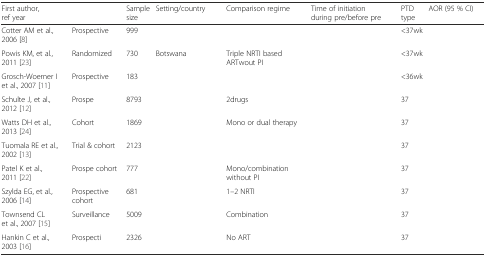
<table><thead><tr><td><b>First author, ref year</b></td><td>[EMPTY_CELL]</td><td><b>Sample size</b></td><td><b>Setting/country</b></td><td><b>Comparison regime</b></td><td><b>Time of initiation during pre/before pre</b></td><td><b>PTD type</b></td><td><b>AOR (95 % CI)</b></td></tr></thead><tbody><tr><td>Cotter AM et al., 2006 [8]</td><td>Prospective</td><td>999</td><td>[EMPTY_CELL]</td><td>[EMPTY_CELL]</td><td>[EMPTY_CELL]</td><td>&lt;37wk</td><td>[EMPTY_CELL]</td></tr><tr><td>Powis KM, et al., 2011 [23]</td><td>Randomized</td><td>730</td><td>Botswana</td><td>Triple NRTI based ARTwout PI</td><td>[EMPTY_CELL]</td><td>&lt;37wk</td><td>[EMPTY_CELL]</td></tr><tr><td>Grosch-Woerner I et al., 2007 [11]</td><td>Prospective</td><td>183</td><td>[EMPTY_CELL]</td><td>[EMPTY_CELL]</td><td>[EMPTY_CELL]</td><td>&lt;36wk</td><td>[EMPTY_CELL]</td></tr><tr><td>Schulte J, et al., 2012 [12]</td><td>Prospe</td><td>8793</td><td>[EMPTY_CELL]</td><td>2drugs</td><td>[EMPTY_CELL]</td><td>37</td><td>[EMPTY_CELL]</td></tr><tr><td>Watts DH et al., 2013 [24]</td><td>Cohort</td><td>1869</td><td>[EMPTY_CELL]</td><td>Mono or dual therapy</td><td>[EMPTY_CELL]</td><td>37</td><td>[EMPTY_CELL]</td></tr><tr><td>Tuomala RE et al., 2002 [13]</td><td>Trial &amp; cohort</td><td>2123</td><td>[EMPTY_CELL]</td><td>[EMPTY_CELL]</td><td>[EMPTY_CELL]</td><td>37</td><td>[EMPTY_CELL]</td></tr><tr><td>Patel K et al.,2011 [22]</td><td>Prospe cohort</td><td>777</td><td>[EMPTY_CELL]</td><td>Mono/combination without PI</td><td>[EMPTY_CELL]</td><td>37</td><td>[EMPTY_CELL]</td></tr><tr><td>Szylda EG, et al., 2006 [14]</td><td>Prospective cohort</td><td>681</td><td>[EMPTY_CELL]</td><td>1–2 NRTI</td><td>[EMPTY_CELL]</td><td>37</td><td>[EMPTY_CELL]</td></tr><tr><td>Townsend CL et al., 2007 [15]</td><td>Surveillance</td><td>5009</td><td>[EMPTY_CELL]</td><td>Combination</td><td>[EMPTY_CELL]</td><td>37</td><td>[EMPTY_CELL]</td></tr><tr><td>Hankin C et al., 2003 [16]</td><td>Prospecti</td><td>2326</td><td>[EMPTY_CELL]</td><td>No ART</td><td>[EMPTY_CELL]</td><td>37</td><td>[EMPTY_CELL]</td></tr></tbody></table>